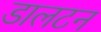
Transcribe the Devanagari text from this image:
डालटन